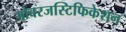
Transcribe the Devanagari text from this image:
ओवरजस्टिफिकेशन